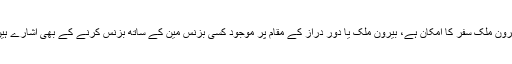
بیرون ملک سفر کا امکان ہے، بیرون ملک یا دور دراز کے مقام پر موجود کسی بزنس مین کے ساتھ بزنس کرنے کے بھی اشارے ہیں۔